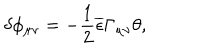
\delta \phi _ { \mu \nu } = - \frac { 1 } { 2 } \overline { { { \epsilon } } } \Gamma _ { \mu \nu } \theta ,